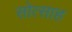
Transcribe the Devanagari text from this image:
सोत्साह